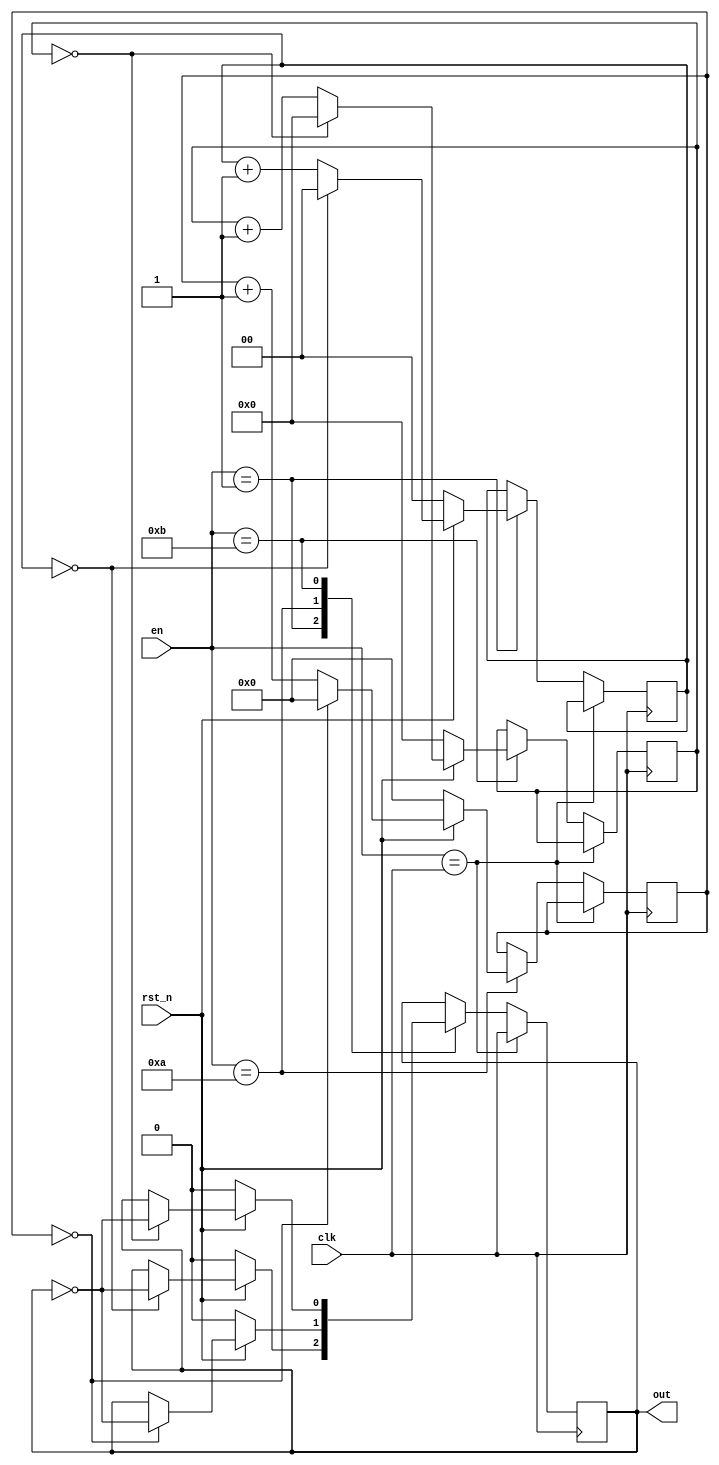
module prescaler(input wire clk,
					input wire rst_n,
					input wire [3:0]en,
					output reg out);
// aici se afla blocul prescaler optimizat.
reg [1:0] freq_div2x;					
reg [3:0] freq_div4x;
reg [7:0] freq_div8x;
always @(posedge clk)
begin 
	case (en)
		clk: out <= clk; // frecventa normala
		01: begin // frecventa de 2 ori mai mica
				if (rst_n == 0)
					begin
					out <= 0;
					freq_div2x <= 0;
					end
				else if (freq_div2x == 0)
					begin
					freq_div2x <= 0;
					out <= ~out ;
					end
				else 
					freq_div2x <= freq_div2x + 1;
				end
		10: begin // frecventa de 4 ori mai mica
				if (rst_n == 0)
					begin
					out <= 0;
					freq_div4x <= 0;
					end
				else if (freq_div4x == 0)
					begin
					freq_div4x <= 0;
					out <= ~out ;
					end
				else 
					freq_div4x <= freq_div4x + 1;
				end
		11: begin // frecventa de 8 ori mai mica
				if (rst_n == 0)
					begin
					out <= 0;
					freq_div8x <= 0;
					end
				else if (freq_div8x == 0)
					begin
					freq_div8x <= 0;
					out <= ~out ;
					end
				else 
					freq_div8x <= freq_div8x + 1;
				end
		default: out <= out; // nu face nimic
		endcase
end
endmodule